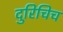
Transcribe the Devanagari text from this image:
दुरिचिच